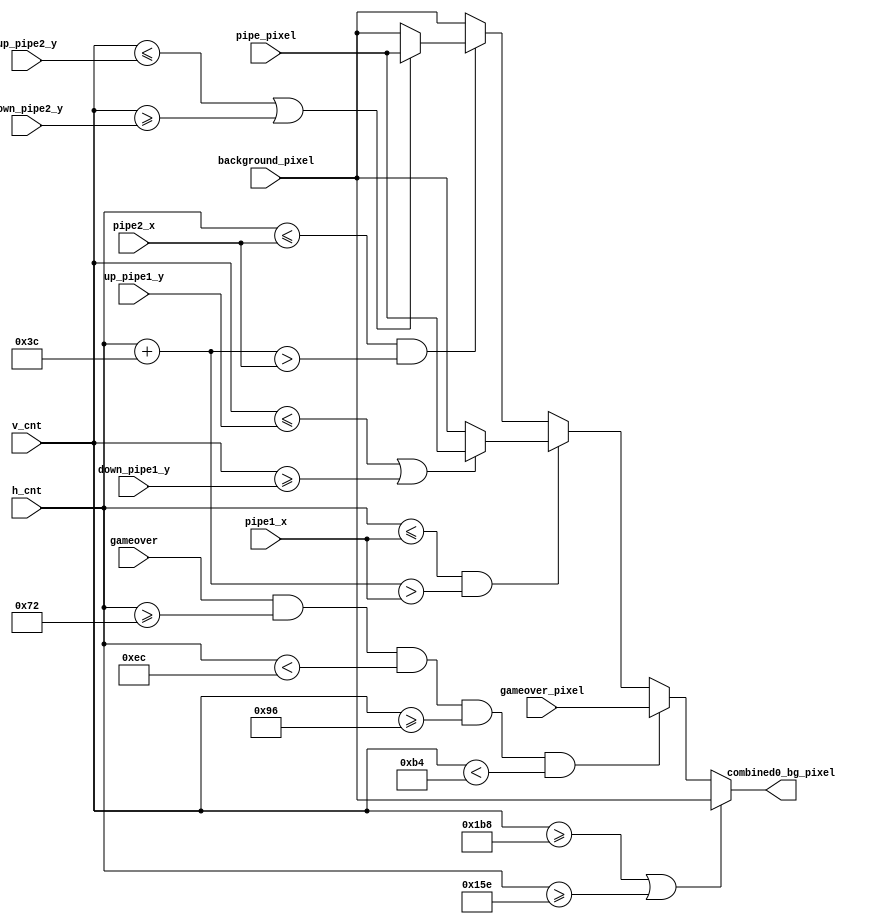
module pixel_gen_bg_combined0(
        input [9:0] h_cnt,
        input [9:0] v_cnt,
        
        input [11:0] background_pixel,

        input [11:0] pipe_pixel,
        input [9:0] pipe1_x,                      
        input [9:0] up_pipe1_y,      
        input [9:0] down_pipe1_y,  
                                      
        input [9:0] pipe2_x,                      
        input [9:0] up_pipe2_y,      
        input [9:0] down_pipe2_y,  

        input gameover,
        input [11:0] gameover_pixel,
        
        output reg [11:0] combined0_bg_pixel 
    );
    
    always @ (*) begin
            if(v_cnt >= 440 || h_cnt >= 350) begin
                     combined0_bg_pixel = background_pixel;
            end else if(gameover && h_cnt >= 114 && h_cnt < 236 && v_cnt >= 150 && v_cnt < 180) begin
                combined0_bg_pixel = gameover_pixel;
            end else if(h_cnt <= pipe1_x && h_cnt + 60 > pipe1_x) begin
                if(v_cnt <= up_pipe1_y || v_cnt >= down_pipe1_y)
                    combined0_bg_pixel = pipe_pixel;
                else 
                    combined0_bg_pixel = background_pixel;
            end else if(h_cnt <= pipe2_x && h_cnt + 60 > pipe2_x) begin
                if(v_cnt <= up_pipe2_y || v_cnt >= down_pipe2_y)
                    combined0_bg_pixel = pipe_pixel;
                else 
                    combined0_bg_pixel = background_pixel;
            end else
                combined0_bg_pixel = background_pixel;
    end
endmodule